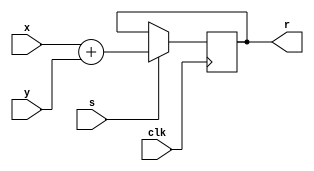
module test1(input [3:0] x, y, input s, input clk, output [3:0] r);
	reg [3:0] r;
	always @(posedge clk)
		if(s) r <= x + y;
endmodule